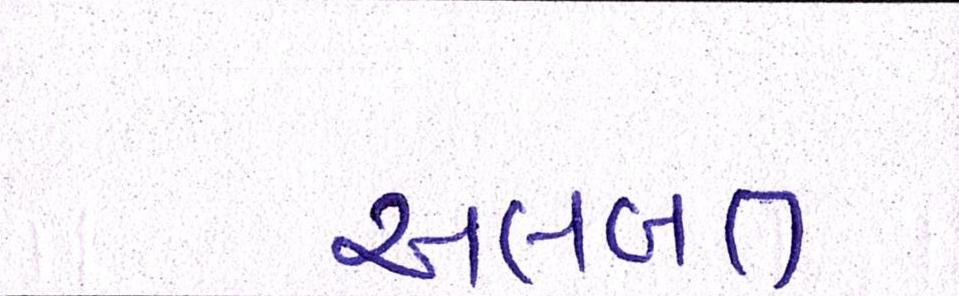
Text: અલબત્ત